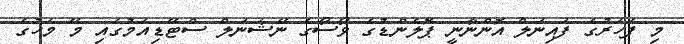
މި ފަހަރުގެ ފައިނަލް އޮންނާނީ ޕޮލެންޑުގެ ވޯސޯގެ ނޭޝަނަލް ސްޓޭޑިއަމުގައި މޭ މަހުގެ